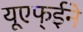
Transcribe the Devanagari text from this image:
यूएफ्ईने